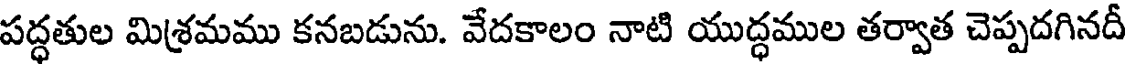
పద్ధతుల మిశ్రమము కనబడును. వేదకాలం నాటి యుద్ధముల తర్వాత చెప్పదగినదీ